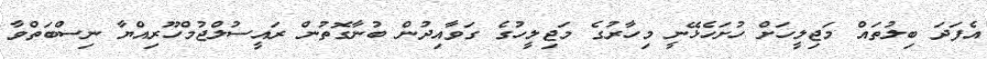
އެފަދަ ބިލުތައް މަޖިލީހަށް ހުށަހެޅޭނީ މިހާރުގެ މަޖިލީހުގެ ގަވާއިދުން ބުނާގޮތުން ރައީސުލްޖުމްހޫރިއްޔާ ނިސްބަތްވާ